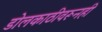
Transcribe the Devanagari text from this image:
डोलकाठीवरूनही